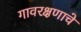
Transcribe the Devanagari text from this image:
गावरक्षणाचे